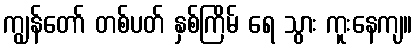
ကျွန်တော် တစ်ပတ် နှစ်ကြိမ် ရေ သွား ကူးနေကျ။